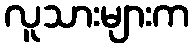
လူသားများက